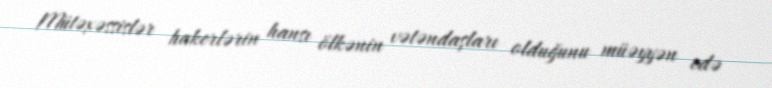
Mütəxəssislər hakerlərin hansı ölkənin vətəndaşları olduğunu müəyyən edə